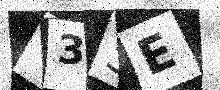
Text: Y35E